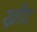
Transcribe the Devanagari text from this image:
ख्रीद